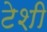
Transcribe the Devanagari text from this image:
टेशी